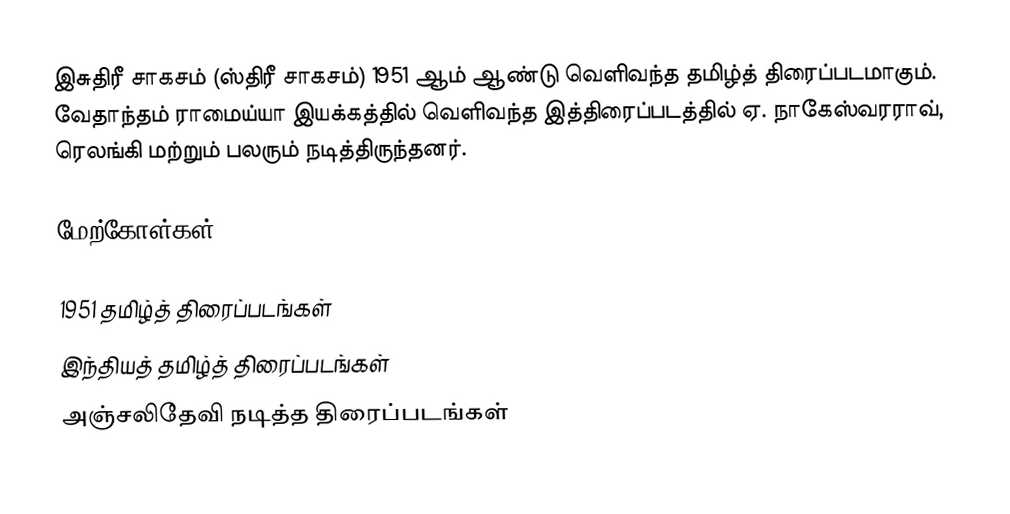
இசுதிரீ சாகசம் (ஸ்திரீ சாகசம்) 1951 ஆம் ஆண்டு வெளிவந்த தமிழ்த் திரைப்படமாகும். வேதாந்தம் ராமைய்யா இயக்கத்தில் வெளிவந்த இத்திரைப்படத்தில் ஏ. நாகேஸ்வரராவ், ரெலங்கி மற்றும் பலரும் நடித்திருந்தனர்.

மேற்கோள்கள்

1951 தமிழ்த் திரைப்படங்கள்
இந்தியத் தமிழ்த் திரைப்படங்கள்
அஞ்சலிதேவி நடித்த திரைப்படங்கள்